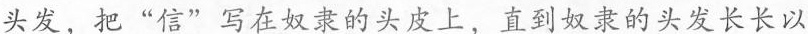
头发，把”信”写在奴隶的头皮上，直到奴隶的头发长长以